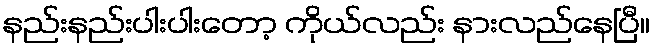
နည်းနည်းပါးပါးတော့ ကိုယ်လည်း နားလည်နေပြီ။